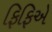
ફિફિએ